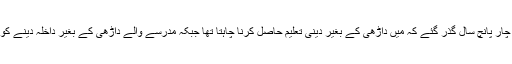
اسی چپکلش میں چار پانچ سال گذر گئے کہ میں داڑھی کے بغیر دینی تعلیم حاصل کرنا چاہتا تھا جبکہ مدرسے والے داڑھی کے بغیر داخلہ دینے کو تیار نہیں تھے ۔